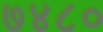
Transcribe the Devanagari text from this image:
७४८०